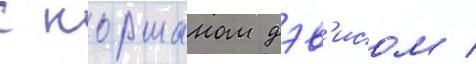
с норманом дэв'исом /